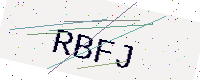
Text: RBFJ